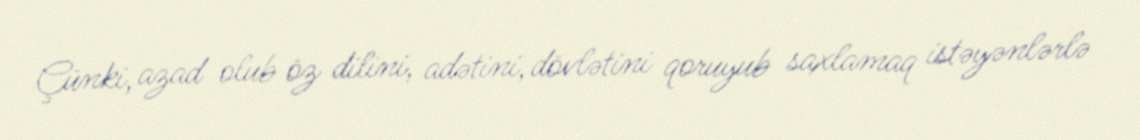
Çünki, azad olub öz dilini, adətini, dövlətini qoruyub saxlamaq istəyənlərlə